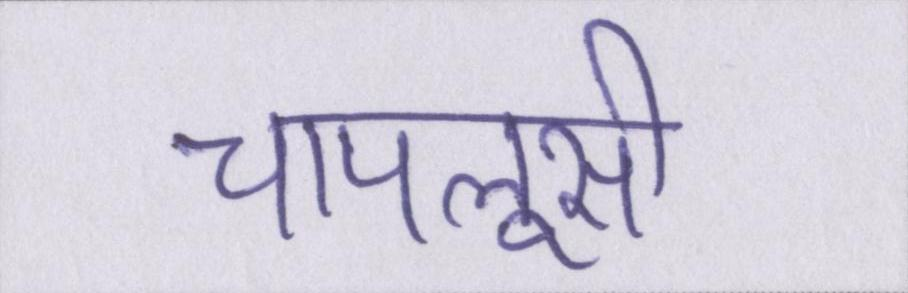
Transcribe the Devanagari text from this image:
चापलूसी